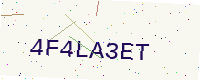
Text: 4F4LA3ET